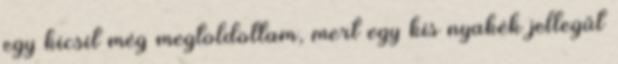
egy kicsit még megtoldottam, mert egy kis nyakék jellegűt